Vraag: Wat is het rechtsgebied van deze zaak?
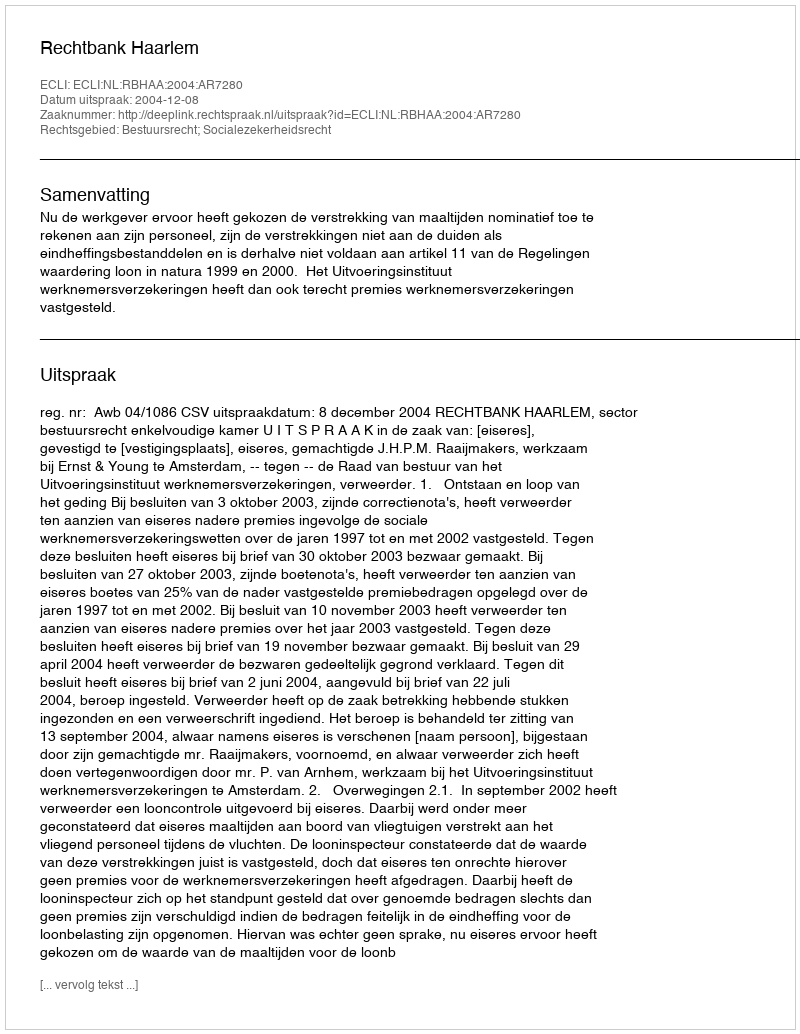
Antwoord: Bestuursrecht; Socialezekerheidsrecht